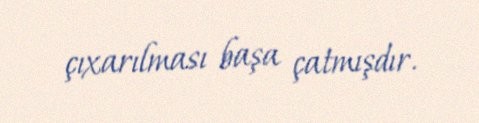
çıxarılması başa çatmışdır.